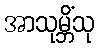
အာသုမ္ဘိံသု